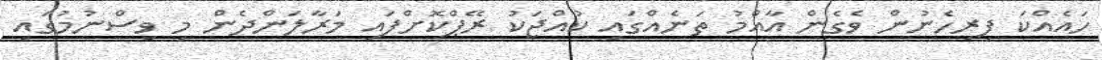
ހައެއްކަ ފިރިހެނުން ވެގެން އާއްމު ތަނެއްގައި ކުއްޖަކު ރޭޕްކޮށްފައި މަރާލަންދެން މި ވިސްނުމުގައި